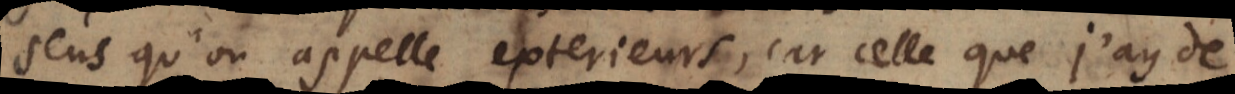
sens qu’on appelle exterieurs, car celle que j’ay de